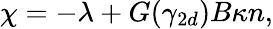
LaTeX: \begin{array}{r}{\chi=-\lambda+G(\gamma_{2d})B\kappa n,}\end{array}